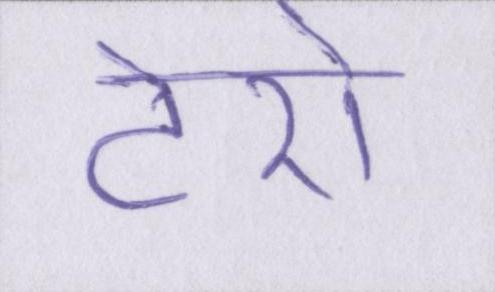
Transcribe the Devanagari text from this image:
टेरो